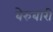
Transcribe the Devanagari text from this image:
बेरुबारी